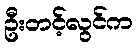
ဦးတင့်လွင်က